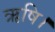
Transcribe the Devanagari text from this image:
ऋषि।